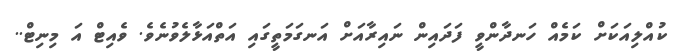
ކުއްލިއަކަށް ކަމެއް ހަނދާންވީ ފަދައިން ނައިރާއަށް އަނގަމަތީގައި އަތްއަޅާލެވުނެވެ. ވެއިޓް އަ މިނިޓް..